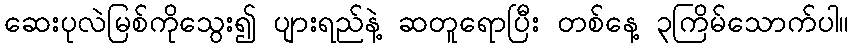
ဆေးပုလဲမြစ်ကိုသွေး၍ ပျားရည်နဲ့ ဆတူရောပြီး တစ်နေ့ ၃ကြိမ်သောက်ပါ။